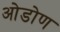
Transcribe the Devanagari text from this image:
ओडोण